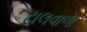
ટાલવાળા